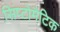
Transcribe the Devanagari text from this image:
सिंप्टोमैटिक